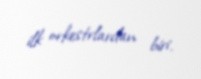
ilk orkestrlardan biri.